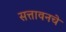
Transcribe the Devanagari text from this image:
सत्तावनचे